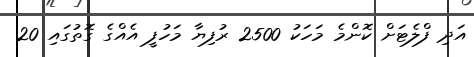
އަދި ފްލެޓަށް ކޮންމެ މަހަކު 2500 ރުފިޔާ މަހުފީ އެއްގެ ގޮތުގައި 20